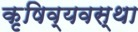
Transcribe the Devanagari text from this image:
कृषिव्‍यवस्था